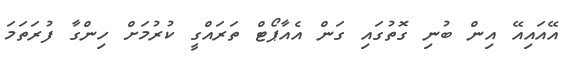
އޭއައިއޭ އިން ބުނި ގޮތުގައި ގަން އެއާޕޯޓް ތަރައްގީ ކުރުމަށް ހިންގާ ފުރަތަމަ